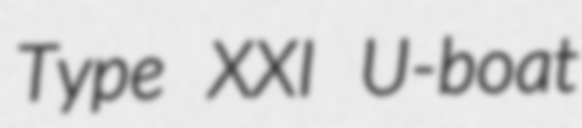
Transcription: Type XXI U-boat